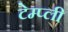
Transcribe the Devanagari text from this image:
टेम्प्ली